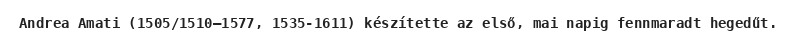
Andrea Amati (1505/1510–1577, 1535-1611) készítette az első, mai napig fennmaradt hegedűt.